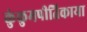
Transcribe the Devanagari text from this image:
कुंकुमपीतिकाया